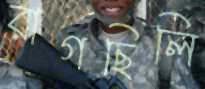
রাগছিলি